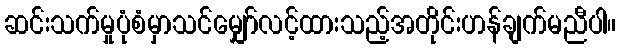
ဆင်းသက်မှုပုံစံမှာသင်မျှော်လင့်ထားသည့်အတိုင်းဟန်ချက်မညီပါ။